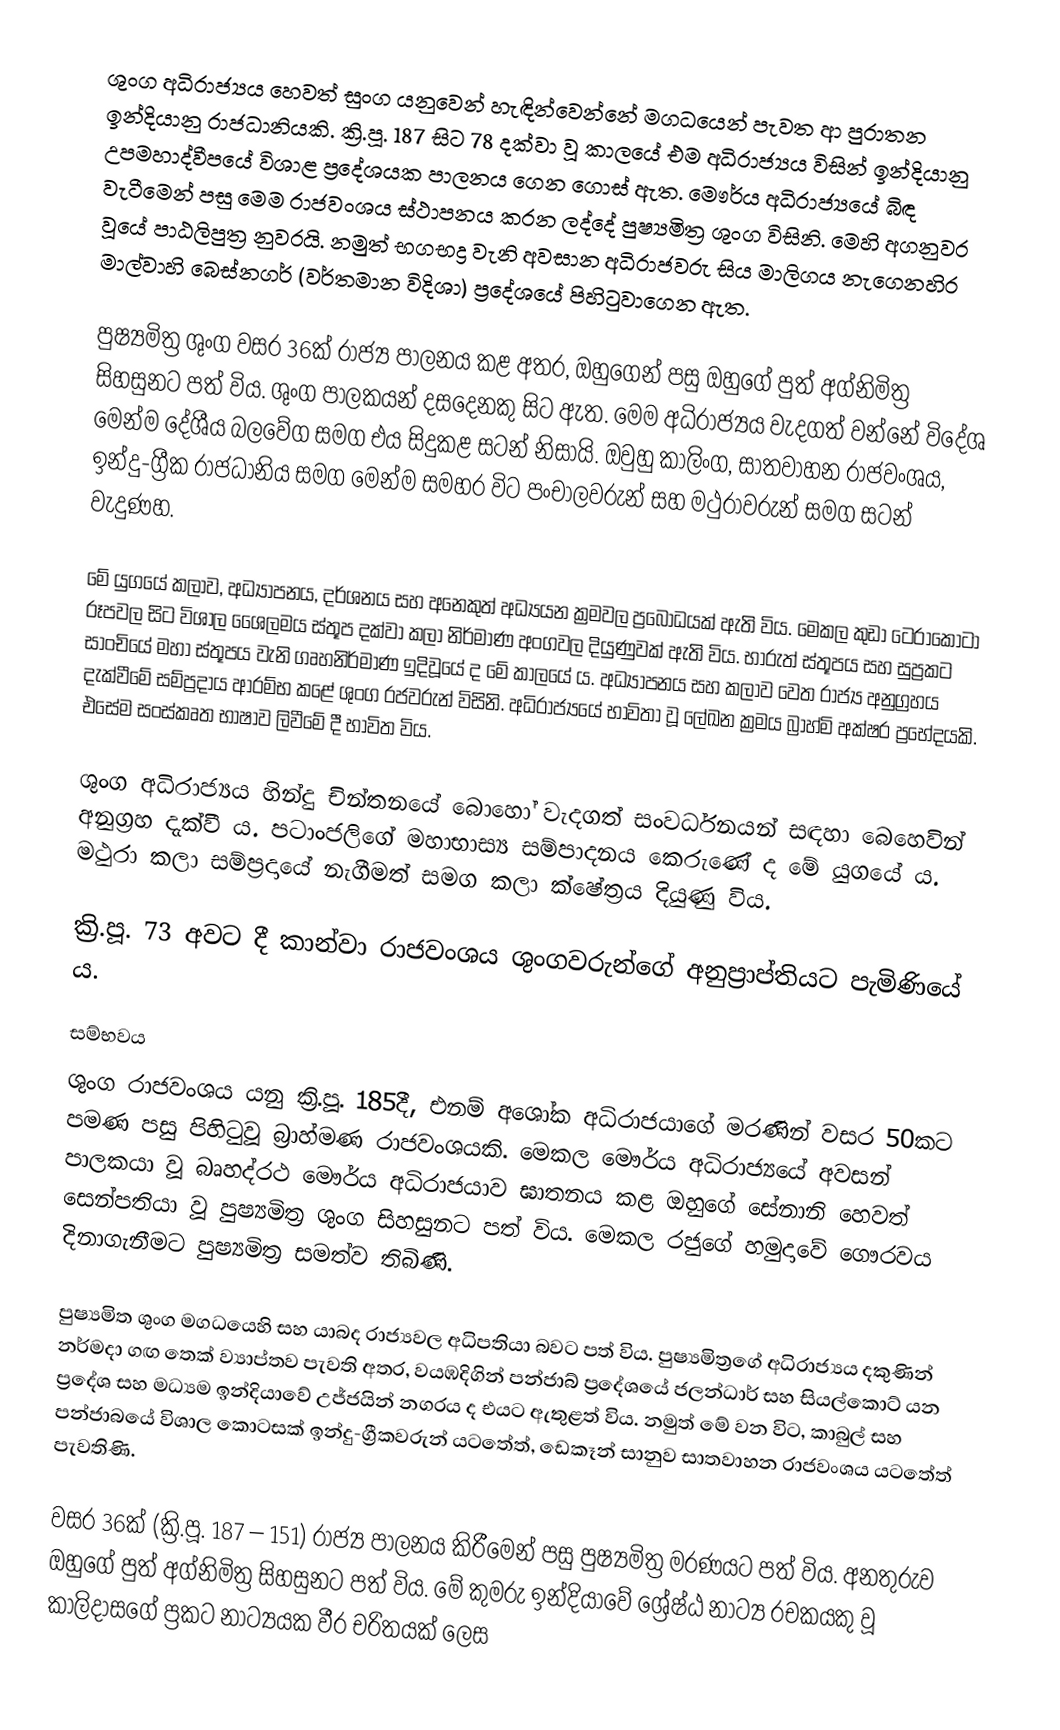
ශුංග අධිරාජ්‍යය හෙවත් සුංග යනුවෙන් හැඳින්වෙන්නේ මගධයෙන් පැවත ආ පුරාතන ඉන්දියානු රාජධානියකි. ක්‍රි.පූ. 187 සිට 78 දක්වා වූ කාලයේ එම අධිරාජ්‍යය විසින් ඉන්දියානු උපමහාද්වීපයේ විශාළ ප්‍රදේශයක පාලනය ගෙන ගොස් ඇත. මෞර්ය අධිරාජ්‍යයේ බිඳ වැටීමෙන් පසු මෙම රාජවංශය ස්ථාපනය කරන ලද්දේ පුෂ්‍යමිත්‍ර ශුංග විසිනි. මෙහි අගනුවර වූයේ පාඨලිපුත්‍ර නුවරයි. නමුත් භගභද්‍ර වැනි අවසාන අධිරාජවරු සිය මාලිගය නැගෙනහිර මාල්වාහි බෙස්නගර් (වර්තමාන විදිශා) ප්‍රදේශයේ පිහිටුවාගෙන ඇත.

පුෂ්‍යමිත්‍ර ශුංග වසර 36ක් රාජ්‍ය පාලනය කළ අතර, ඔහුගෙන් පසු ඔහුගේ පුත් අග්නිමිත්‍ර සිහසුනට පත් විය. ශුංග පාලකයන් දසදෙනකු සිට ඇත. මෙම අධිරාජ්‍යය වැදගත් වන්නේ විදේශ මෙන්ම දේශීය බලවේග සමග එය සිදුකළ සටන් නිසායි. ඔවුහු කාලිංග, සාතවාහන රාජවංශය, ඉන්දු-ග්‍රීක රාජධානිය සමග මෙන්ම සමහර විට පංචාලවරුන් සහ මථුරාවරුන් සමග සටන් වැදුණහ.

මේ යුගයේ කලාව, අධ්‍යාපනය, දර්ශනය සහ අනෙකුත් අධ්‍යයන ක්‍රමවල ප්‍රබෝධයක් ඇති විය. මෙකල කුඩා ටෙරාකොටා රූපවල සිට විශාල ශෛලමය ස්තූප දක්වා කලා නිර්මාණ අංගවල දියුණුවක් ඇති විය. භාරුත් ස්තූපය සහ සුප්‍රකට සාංචියේ මහා ස්තූපය වැනි ගෘහනිර්මාණ ඉදිවූයේ ද මේ කාලයේ ය. අධ්‍යාපනය සහ කලාව වෙත රාජ්‍ය අනුග්‍රහය දැක්වීමේ සම්ප්‍රදාය ආරම්භ කළේ ශුංග රජවරුන් විසිනි. අධිරාජ්‍යයේ භාවිතා වූ ලේඛන ක්‍රමය බ්‍රාහ්මි අක්ෂර ප්‍රභේදයකි. එසේම සංස්කෘත භාෂාව ලිවීමේ දී භාවිත විය.

ශුංග අධිරාජ්‍යය හින්දු චින්තනයේ බොහෝ වැදගත් සංවර්ධනයන් සඳහා බෙහෙවින් අනුග්‍රහ දැක්වී ය. පටාංජලිගේ මහාභාස්‍ය සම්පාදනය කෙරුණේ ද මේ යුගයේ ය. මථුරා කලා සම්ප්‍රදායේ නැගීමත් සමග කලා ක්ෂේත්‍රය දියුණු විය.

ක්‍රි.පූ. 73 අවට දී කාන්වා රාජවංශය ශුංගවරුන්ගේ අනුප්‍රාප්තියට පැමිණියේ ය.

සම්භවය
ශුංග රාජවංශය යනු ක්‍රි.පූ. 185දී, එනම් අශෝක අධිරාජයාගේ මරණින් වසර 50කට පමණ පසු පිහිටුවූ බ්‍රාහ්මණ රාජවංශයකි. මෙකල මෞර්ය අධිරාජ්‍යයේ අවසන් පාලකයා වූ බෘහද්රථ මෞර්ය අධිරාජයාව ඝාතනය කළ ඔහුගේ සේනානි හෙවත් සෙන්පතියා වූ පුෂ්‍යමිත්‍ර ශුංග සිහසුනට පත් විය. මෙකල රජුගේ හමුදාවේ ගෞරවය දිනාගැනීමට පුෂ්‍යමිත්‍ර සමත්ව තිබිණි.

පුෂ්‍යමිත ශුංග මගධයෙහි සහ යාබද රාජ්‍යවල අධිපතියා බවට පත් විය. පුෂ්‍යමිත්‍රගේ අධිරාජ්‍යය දකුණින් නර්මදා ගඟ තෙක් ව්‍යාප්තව පැවති අතර, වයඹදිගින් පන්ජාබ් ප්‍රදේශයේ ජලන්ධාර් සහ සියල්කොට් යන ප්‍රදේශ සහ මධ්‍යම ඉන්දියාවේ උජ්ජයින් නගරය ද එයට ඇතුළත් විය. නමුත් මේ වන විට, කාබුල් සහ පන්ජාබයේ විශාල කොටසක් ඉන්දු-ග්‍රීකවරුන් යටතේත්, ඩෙකෑන් සානුව සාතවාහන රාජවංශය යටතේත් පැවතිණි.

වසර 36ක් (ක්‍රි.පූ. 187 – 151) රාජ්‍ය පාලනය කිරීමෙන් පසු පුෂ්‍යමිත්‍ර මරණයට පත් විය. අනතුරුව ඔහුගේ පුත් අග්නිමිත්‍ර සිහසුනට පත් විය. මේ කුමරු ඉන්දියාවේ ශ්‍රේෂ්ඨ නාට්‍ය රචකයකු වූ කාලිදාසගේ ප්‍රකට නාට්‍යයක වීර චරිතයක් ලෙස